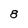
Character: 8